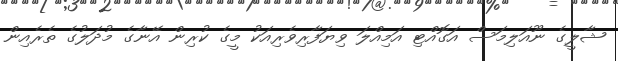
ޝާލީގެ ނޫއަލިމަސް އަގޮއްޓި އަމިއްލަ ވިޔަފާރިވެރިއަކު މީގެ ކުރިން އޭނާގެ މުދަލުގެ ތެރެއިން